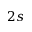
2 s